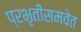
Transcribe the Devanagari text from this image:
प्रभृतींसमवेत